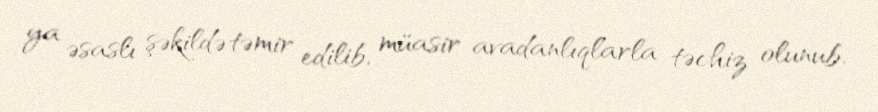
ya əsaslı şəkildə təmir edilib, müasir avadanlıqlarla təchiz olunub.